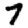
Digit: 7